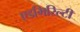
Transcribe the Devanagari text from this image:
एडमिरिल्टी